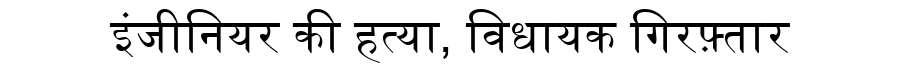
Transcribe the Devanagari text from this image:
इंजीनियर की हत्या, विधायक गिरफ़्तार